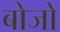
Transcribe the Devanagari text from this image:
बोजो